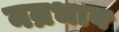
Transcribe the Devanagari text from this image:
नम्रभाव